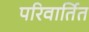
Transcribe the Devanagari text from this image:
परिवार्तित